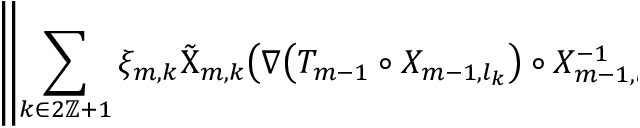
\begin{array} { r l } { \lefteqn { \mathopen { } \mathclose \bgroup \left\| \sum _ { k \in 2 \ensuremath { \mathbb { Z } } + 1 } \xi _ { m , k } \tilde { \Chi } _ { m , k } \bigl ( \nabla \bigl ( T _ { m - 1 } \circ X _ { m - 1 , l _ { k } } \bigr ) \circ X _ { m - 1 , l _ { k } } ^ { - 1 } \bigr ) \aftergroup \egroup \right\| _ { L ^ { \infty } ( ( 0 , 1 ) ; L ^ { 2 } ( \ensuremath { \mathbb { T } } ^ { 2 } ) ) } } \qquad } & { { } } \end{array}